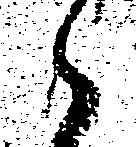
郎